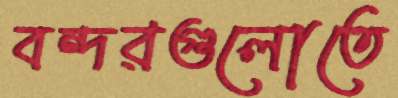
বন্দরগুলোতে